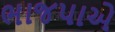
ભાજપાએ